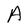
Character: M